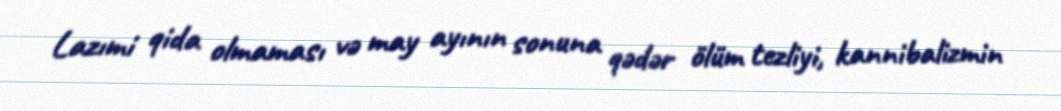
Lazımi qida olmaması və may ayının sonuna qədər ölüm tezliyi, kannibalizmin